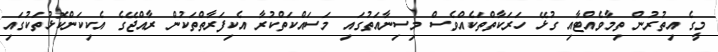
މީގެ އިތުރުން ތިމާވެއްޓާއި ގުޅޭ ހަރަކާތްތަކެއްވެސް މިސިނާއަތުގައި މަސައްކަތްކުރާ އެކިފަރާތްތަކުން ރާއްޖޭގެ އެކިކަންކޮޅުތަކުގައި